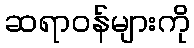
ဆရာဝန်များကို